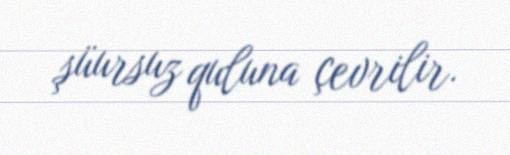
şüursuz quluna çevrilir.